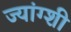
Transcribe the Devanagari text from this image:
ज्यांग्शी